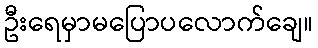
ဦးရေမှာမပြောပလောက်ချေ။